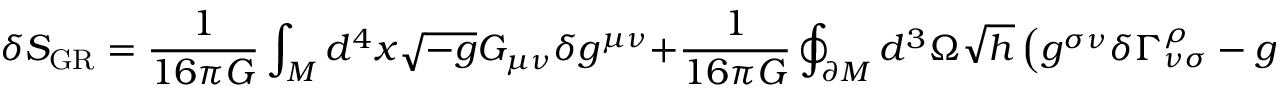
\delta S _ { \mathrm { G R } } = \frac { 1 } { 1 6 \pi G } \int _ { M } d ^ { 4 } x \sqrt { - g } G _ { \mu \nu } \delta g ^ { \mu \nu } + \frac { 1 } { 1 6 \pi G } \oint _ { \partial M } d ^ { 3 } \Omega \sqrt { h } \left( g ^ { \sigma \nu } \delta \Gamma _ { \nu \sigma } ^ { \rho } - g ^ { \sigma \rho } \delta \Gamma _ { \mu \sigma } ^ { \mu } \right) ,